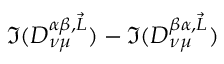
\Im ( D _ { \nu \mu } ^ { \alpha \beta , \vec { L } } ) - \Im ( D _ { \nu \mu } ^ { \beta \alpha , \vec { L } } )